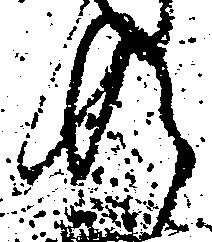
共